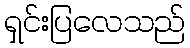
ရှင်းပြလေသည်